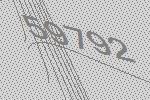
59792